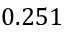
0 . 2 5 1